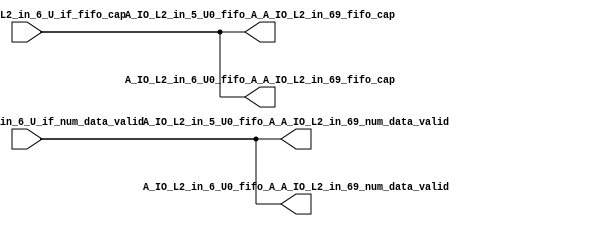
// ==================================================
// RTL generated by RapidStream
//
// Copyright 2024 RapidStream Design Automation, Inc.
// All Rights Reserved.
// ==================================================
`timescale 1 ns / 1 ps
module __rs_kernel3_aux_split_aux_16 #(
    parameter C_S_AXI_CONTROL_DATA_WIDTH  = 32,
    parameter C_S_AXI_CONTROL_ADDR_WIDTH  = 6,
    parameter C_S_AXI_DATA_WIDTH          = 32,
    parameter C_M_AXI_GMEM_A_ID_WIDTH     = 1,
    parameter C_M_AXI_GMEM_A_ADDR_WIDTH   = 64,
    parameter C_M_AXI_GMEM_A_DATA_WIDTH   = 512,
    parameter C_M_AXI_GMEM_A_AWUSER_WIDTH = 1,
    parameter C_M_AXI_GMEM_A_ARUSER_WIDTH = 1,
    parameter C_M_AXI_GMEM_A_WUSER_WIDTH  = 1,
    parameter C_M_AXI_GMEM_A_RUSER_WIDTH  = 1,
    parameter C_M_AXI_GMEM_A_BUSER_WIDTH  = 1,
    parameter C_M_AXI_GMEM_A_USER_VALUE   = 0,
    parameter C_M_AXI_GMEM_A_PROT_VALUE   = 0,
    parameter C_M_AXI_GMEM_A_CACHE_VALUE  = 3,
    parameter C_M_AXI_DATA_WIDTH          = 32,
    parameter C_M_AXI_GMEM_B_ID_WIDTH     = 1,
    parameter C_M_AXI_GMEM_B_ADDR_WIDTH   = 64,
    parameter C_M_AXI_GMEM_B_DATA_WIDTH   = 512,
    parameter C_M_AXI_GMEM_B_AWUSER_WIDTH = 1,
    parameter C_M_AXI_GMEM_B_ARUSER_WIDTH = 1,
    parameter C_M_AXI_GMEM_B_WUSER_WIDTH  = 1,
    parameter C_M_AXI_GMEM_B_RUSER_WIDTH  = 1,
    parameter C_M_AXI_GMEM_B_BUSER_WIDTH  = 1,
    parameter C_M_AXI_GMEM_B_USER_VALUE   = 0,
    parameter C_M_AXI_GMEM_B_PROT_VALUE   = 0,
    parameter C_M_AXI_GMEM_B_CACHE_VALUE  = 3,
    parameter C_M_AXI_GMEM_C_ID_WIDTH     = 1,
    parameter C_M_AXI_GMEM_C_ADDR_WIDTH   = 64,
    parameter C_M_AXI_GMEM_C_DATA_WIDTH   = 512,
    parameter C_M_AXI_GMEM_C_AWUSER_WIDTH = 1,
    parameter C_M_AXI_GMEM_C_ARUSER_WIDTH = 1,
    parameter C_M_AXI_GMEM_C_WUSER_WIDTH  = 1,
    parameter C_M_AXI_GMEM_C_RUSER_WIDTH  = 1,
    parameter C_M_AXI_GMEM_C_BUSER_WIDTH  = 1,
    parameter C_M_AXI_GMEM_C_USER_VALUE   = 0,
    parameter C_M_AXI_GMEM_C_PROT_VALUE   = 0,
    parameter C_M_AXI_GMEM_C_CACHE_VALUE  = 3,
    parameter C_S_AXI_CONTROL_WSTRB_WIDTH = 4,
    parameter C_S_AXI_WSTRB_WIDTH         = 4,
    parameter C_M_AXI_GMEM_A_WSTRB_WIDTH  = 64,
    parameter C_M_AXI_WSTRB_WIDTH         = 4,
    parameter C_M_AXI_GMEM_B_WSTRB_WIDTH  = 64,
    parameter C_M_AXI_GMEM_C_WSTRB_WIDTH  = 64
) (
    output wire [1:0] A_IO_L2_in_5_U0_fifo_A_A_IO_L2_in_69_fifo_cap,
    output wire [1:0] A_IO_L2_in_5_U0_fifo_A_A_IO_L2_in_69_num_data_valid,
    output wire [1:0] A_IO_L2_in_6_U0_fifo_A_A_IO_L2_in_69_fifo_cap,
    output wire [1:0] A_IO_L2_in_6_U0_fifo_A_A_IO_L2_in_69_num_data_valid,
    input wire  [1:0] fifo_A_A_IO_L2_in_6_U_if_fifo_cap,
    input wire  [1:0] fifo_A_A_IO_L2_in_6_U_if_num_data_valid
);
assign A_IO_L2_in_5_U0_fifo_A_A_IO_L2_in_69_fifo_cap = fifo_A_A_IO_L2_in_6_U_if_fifo_cap;
assign A_IO_L2_in_5_U0_fifo_A_A_IO_L2_in_69_num_data_valid = fifo_A_A_IO_L2_in_6_U_if_num_data_valid;
assign A_IO_L2_in_6_U0_fifo_A_A_IO_L2_in_69_fifo_cap = fifo_A_A_IO_L2_in_6_U_if_fifo_cap;
assign A_IO_L2_in_6_U0_fifo_A_A_IO_L2_in_69_num_data_valid = fifo_A_A_IO_L2_in_6_U_if_num_data_valid;
endmodule